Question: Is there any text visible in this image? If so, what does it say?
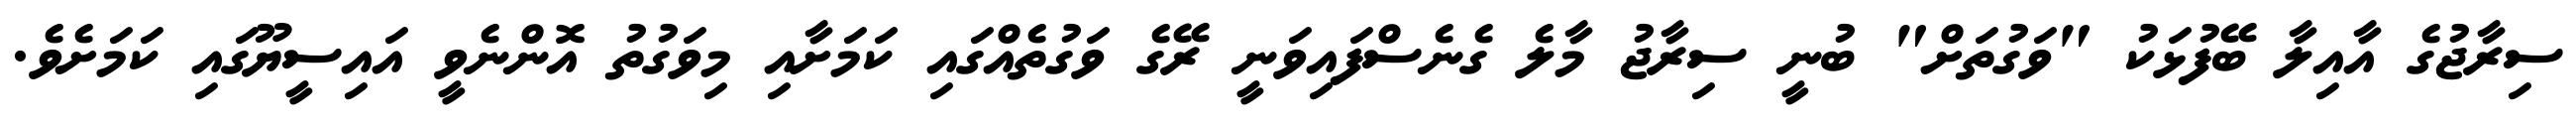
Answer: ސިރާޖުގެ އާއިލާ ބޭފުޅަކު "ވަގުތަށް" ބުނީ ސިރާޖު މާލެ ގެނެސްފައިވަނީ ރޭގެ ވަގުތެއްގައި ކަމަށާއި މިވަގުތު އޮންނެވީ އައިސީޔޫގައި ކަމަށެވެ.